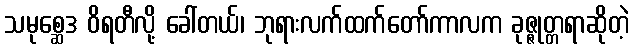
သမုစ္ဆေဒ ဝိရတီလို့ ခေါ်တယ်၊ ဘုရားလက်ထက်တော်ကာလက ခုဇ္ဇုတ္တရာဆိုတဲ့